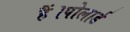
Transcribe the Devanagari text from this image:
हैं।पोलार्ड